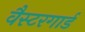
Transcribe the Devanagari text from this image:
वैस्टरगार्ड